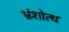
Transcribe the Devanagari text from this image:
भ्रंशोत्थ